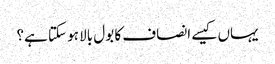
یہاں کیسے انصاف کا بول بالا ہو سکتا ہے؟